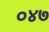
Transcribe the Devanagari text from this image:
०४७